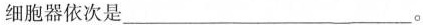
细胞器依次是___。